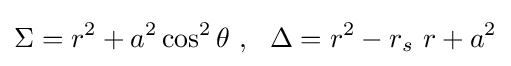
\Sigma =r^{2}+a^{2}\cos ^{2}\theta \ ,\ \ \Delta =r^{2}-r_{s}\ r+a^{2}